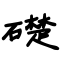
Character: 礎